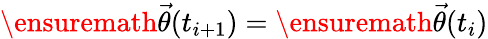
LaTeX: \ensuremath{\vec{\theta}}(t_{i+1})=\ensuremath{\vec{\theta}}(t_{i})